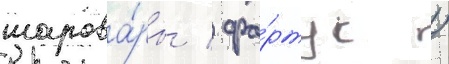
шарова́ры / фа́ртук /